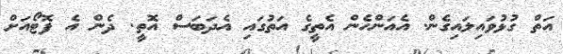
އަތް ގުޅުވައިލައިގެން. އެއަންހެން އެތީގެ އަތުގައި އެދަބަސް އޮތީ. ދެން އެ ފޮޓޯއަށް